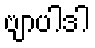
ဗျာပါဒါ